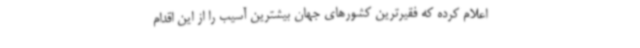
اعلام کرده که فقیرترین کشورهای جهان بیشترین آسیب را از این اقدام